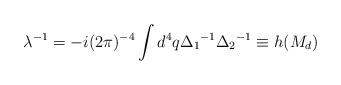
LaTeX: \begin{align*}\lambda^{-1} = -i (2\pi)^{-4} \int d^4q {\Delta_1}^{-1} {\Delta_2}^{-1}\equiv h(M_d)\end{align*}